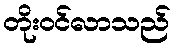
တိုးဝင်လာသည်